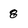
Character: 8